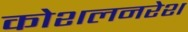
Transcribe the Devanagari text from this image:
कोशलनरेश